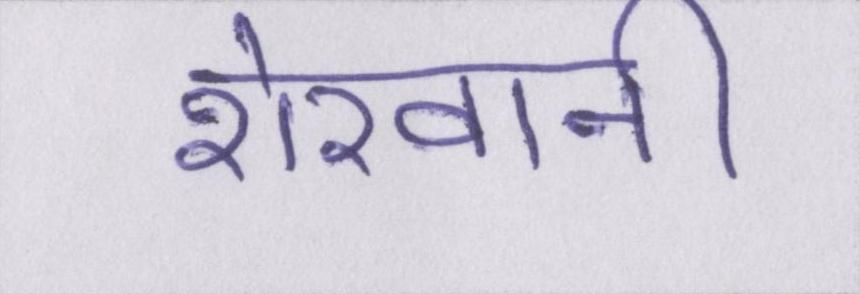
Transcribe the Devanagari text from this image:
शेरवानी